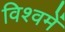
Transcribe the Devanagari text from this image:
विश्वमें